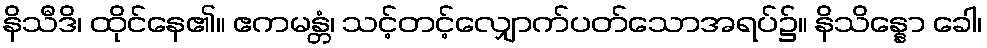
နိသီဒိ၊ ထိုင်နေ၏။ ဧကမန္တံ၊ သင့်တင့်လျှောက်ပတ်သောအရပ်၌။ နိသိန္နော ခေါ၊